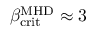
\beta _ { \mathrm { c r i t } } ^ { \mathrm { M H D } } \approx 3 \